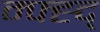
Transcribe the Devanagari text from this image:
म्फ्ह्द्